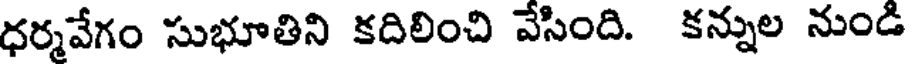
ధర్మవేగం సుభూతిని కదిలించి వేసింది. కన్నుల నుండి